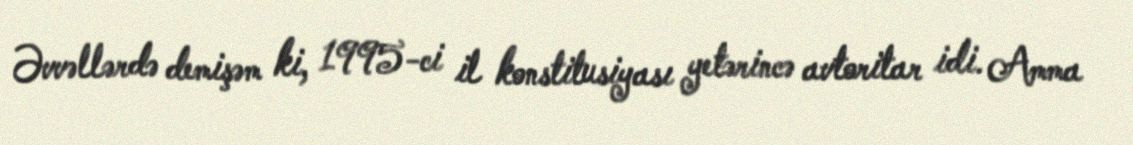
Əvvəllərdə demişəm ki, 1995-ci il konstitusiyası yetərincə avtoritar idi. Amma